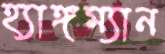
হ্যাঙ্গম্যান